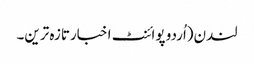
لندن(اُردو پوائنٹ اخبارتازہ ترین۔